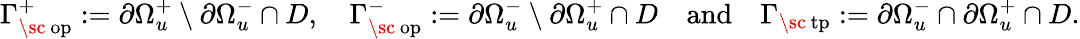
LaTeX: \Gamma_{\mathrm{\sc~op}}^{+}:=\partial\Omega_{u}^{+}\setminus\partial\Omega_{u}^{-}\cap D,\quad\Gamma_{\mathrm{\sc~op}}^{-}:=\partial\Omega_{u}^{-}\setminus\partial\Omega_{u}^{+}\cap D\quad\mathrm{and}\quad\Gamma_{\mathrm{\sc~tp}}:=\partial\Omega_{u}^{-}\cap\partial\Omega_{u}^{+}\cap D.